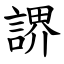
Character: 䛺